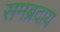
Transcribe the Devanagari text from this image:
समब्रदाय